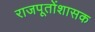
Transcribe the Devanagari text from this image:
राजपूतोंशासक